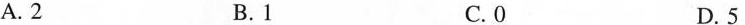
A.2 B.1 C.0 D.5